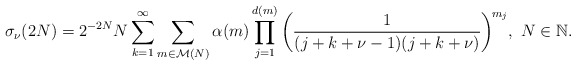
\begin{align*}\sigma_{\nu}(2N)=2^{-2N}N\sum_{k=1}^{\infty}\sum_{m\in\mathcal{M}(N)}\alpha(m)\prod_{j=1}^{d(m)}\left(\frac{1}{(j+k+\nu-1)(j+k+\nu)}\right)^{\! m_{j}}\!,\ N\in\mathbb{N}.\end{align*}